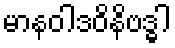
မာနဝါဒဝိနိဗဒ္ဓါ